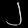
Digit: ၂